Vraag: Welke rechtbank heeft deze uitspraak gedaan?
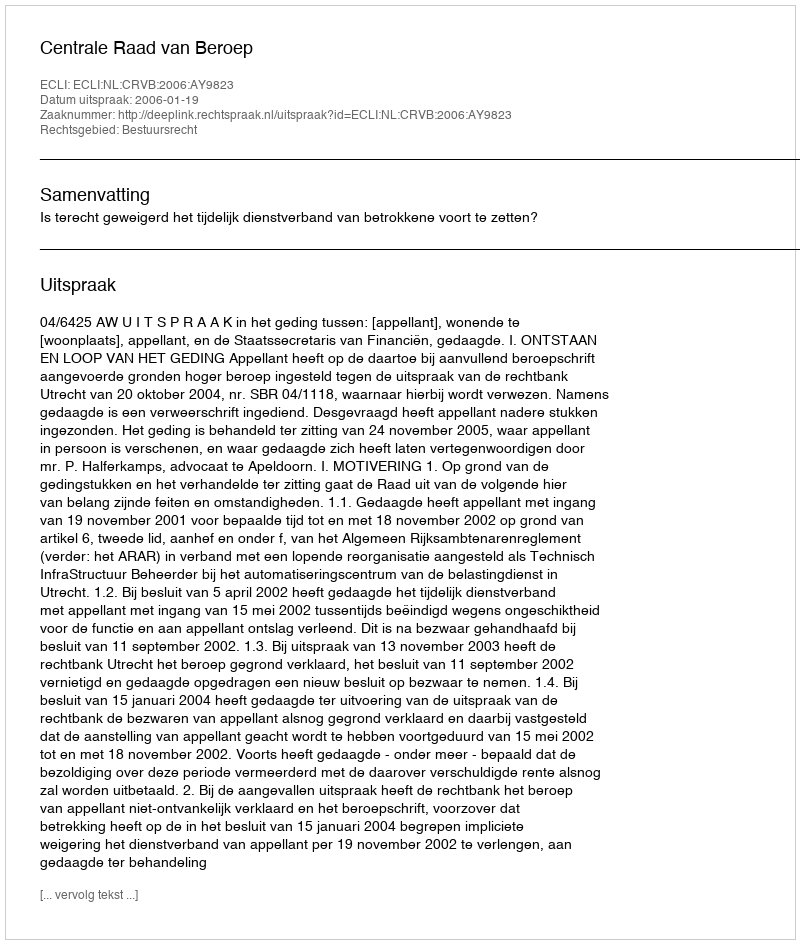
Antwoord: Centrale Raad van Beroep